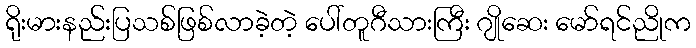
ရိုးမားနည်းပြသစ်ဖြစ်လာခဲ့တဲ့ ပေါ်တူဂီသားကြီး ဂျိုဆေး မော်ရင်ညိုက